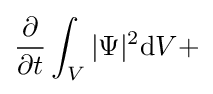
{\frac {\partial }{\partial t}}\int _{V}|\Psi |^{2}\mathrm {d} V+